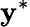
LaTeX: \mathbf{y}^{\ast}